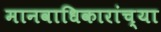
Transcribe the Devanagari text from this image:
मानवाधिकारांच्या